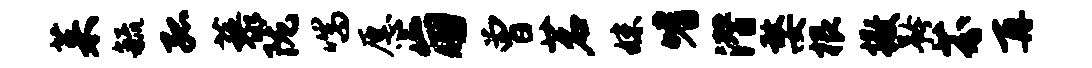
茱毓孤藜陇喘愿崩曾茗妹嗜潜嫠根撒矜芬再